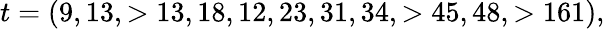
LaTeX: t=(9,13,>13,18,12,23,31,34,>45,48,>161),